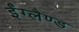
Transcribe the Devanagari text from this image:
ईंग्लैण्ड